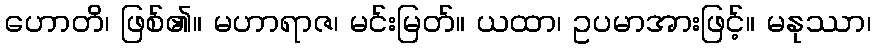
ဟောတိ၊ ဖြစ်၏။ မဟာရာဇ၊ မင်းမြတ်။ ယထာ၊ ဥပမာအားဖြင့်။ မနုဿာ၊